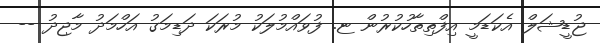
ޖުޑީޝަލް އެކަޑަމީ އިފްތިތާހުކުރުން ޏ. ފުވައްމުލަކު މުރަކަ ދަޑިމަގު އަހްމަދު މާޖިދު --